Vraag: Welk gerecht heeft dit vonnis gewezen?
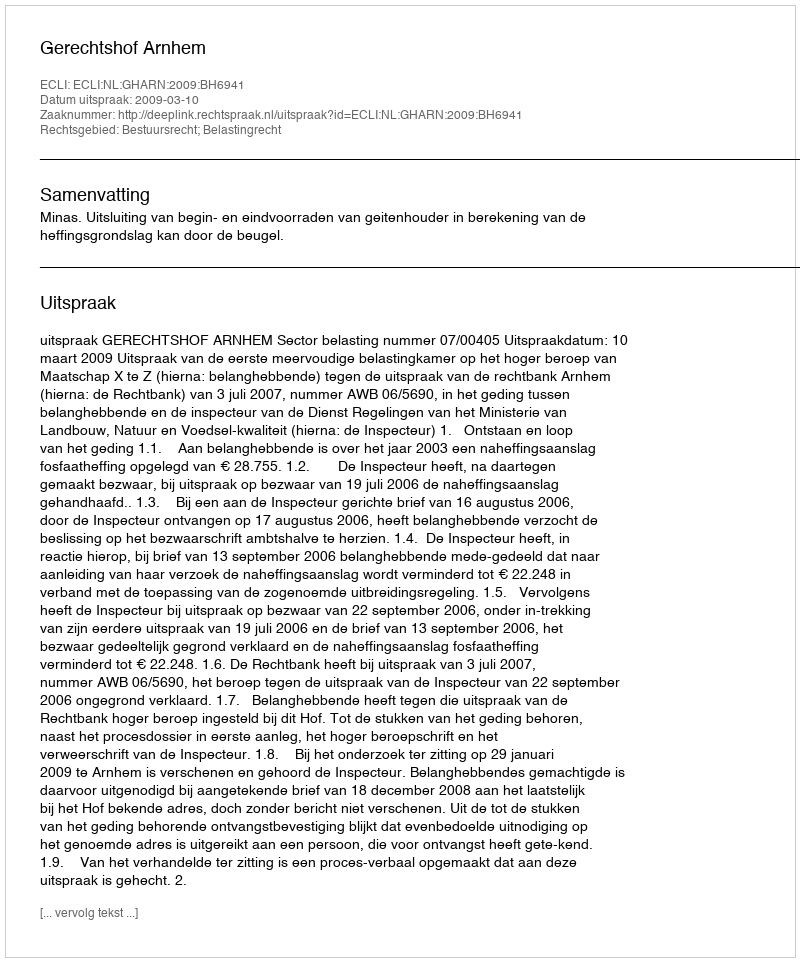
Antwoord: Gerechtshof Arnhem